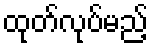
ထုတ်လုပ်မည့်